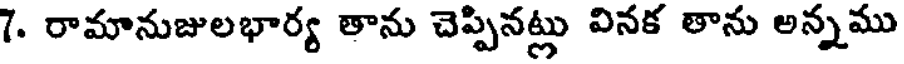
7. రామానుజులభార్య తాను చెప్పినట్లు వినక తాను అన్నము